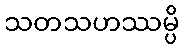
သတသဟဿမ္ပိ